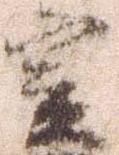
実